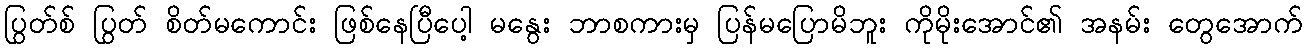
ပြွတ်စ် ပြွတ် စိတ်မကောင်း ဖြစ်နေပြီပေါ့ မနွေး ဘာစကားမှ ပြန်မပြောမိဘူး ကိုမိုးအောင်၏ အနမ်း တွေအောက်